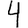
Digit: 4